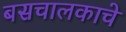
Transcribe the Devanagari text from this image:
बसचालकाचे